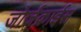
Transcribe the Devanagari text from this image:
जोर्जक्राईस